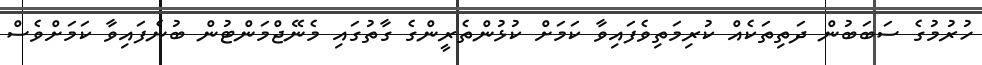
ހުރުމުގެ ސަބަބުން ދަތިތަކެއް ކުރިމަތިވެފައިވާ ކަަމަށް ކުޅުންތެރީންގެ ގާތުގައި މެނޭޖްމަންޓުން ބުނެފައިވާ ކަމަށްވެސް